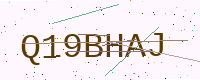
Text: Q19BHAJ